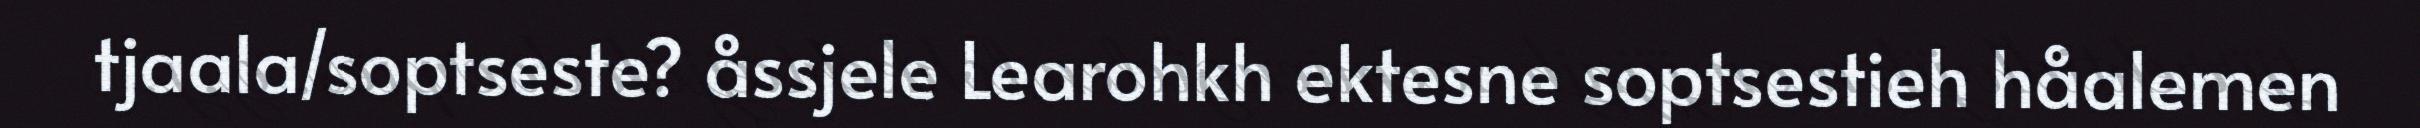
tjaala/soptseste? åssjele Learohkh ektesne soptsestieh håalemen